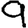
Digit: 9